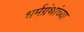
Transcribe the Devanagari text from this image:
धर्मग्रंथांच्या